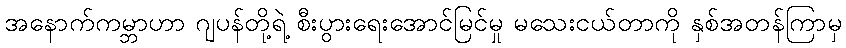
အနောက်ကမ္ဘာဟာ ဂျပန်တို့ရဲ့ စီးပွားရေးအောင်မြင်မှု မသေးငယ်တာကို နှစ်အတန်ကြာမှ